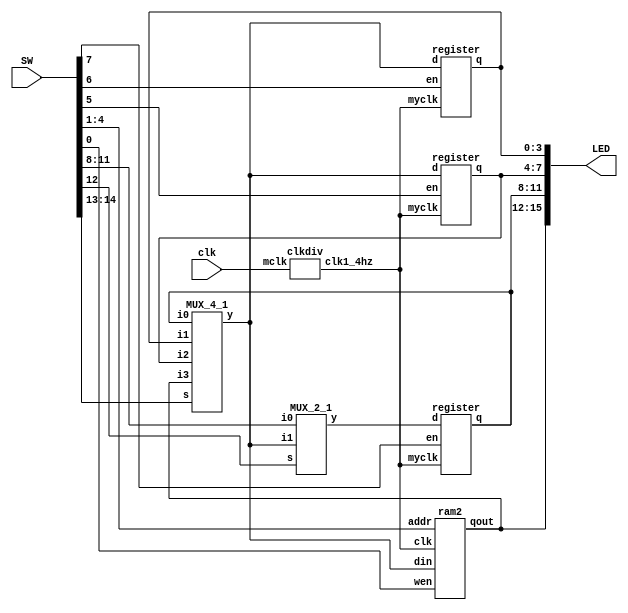
`timescale 1ns / 1ps
//////////////////////////////////////////////////////////////////////////////////
// Company: 
// Engineer: 
// 
// Design Name: 
// Module Name: bus
// Project Name: 
// Target Devices: 
// Tool Versions: 
// Description: 
// 
// Dependencies: 
// 
// Revision:
// Revision 0.01 - File Created
// Additional Comments:
// 
//////////////////////////////////////////////////////////////////////////////////


module bus(
    input clk,
    input [14:0] SW,
    output [15:0] LED
    );
    
    wire myclk;
    wire [3:0] d1;
    //wire [3:0] d2;
    //wire [3:0] d3;
    wire [3:0] y;
    wire [15:0] light;
    clkdiv U0(clk,myclk);
    
    register U1(myclk,SW[7],d1[3:0],light[11:8]);
    assign LED[11:8]=light[11:8];
    register U2(myclk,SW[6],y[3:0],light[3:0]);
    assign LED[3:0]=light[3:0];
    register U3(myclk,SW[5],y[3:0],light[7:4]);
    assign LED[7:4]=light[7:4];
    ram2 U4(myclk,SW[0],SW[4:1],y[3:0],light[15:12]);
    assign LED[15:12]=light[15:12];
    
    MUX_2_1 U5(SW[12],SW[11:8],y[3:0],d1[3:0]);
    MUX_4_1 U6(SW[14:13],light[11:8],light[3:0],light[7:4],light[15:12],y[3:0]);
    
    //assign LED[15:0]=light[15:0];
    
endmodule

module register(
    input myclk,
    input en,
    input [3:0] d,
    output reg [3:0] q
    );
    
    always@(posedge myclk,posedge en)
    begin
        if(en)
            q<=d;
    end
    
//    wire [3:0] mid;
    
//    assign mid[0]=d[0]&en+q[0]&(~en);
//    assign mid[1]=d[1]&en+q[1]&(~en);
//    assign mid[2]=d[2]&en+q[2]&(~en);
//    assign mid[3]=d[3]&en+q[3]&(~en);
    
//    D_flip_flop d0(myclk,mid[0],q[0]);
//    D_flip_flop d1(myclk,mid[1],q[1]);
//    D_flip_flop d2(myclk,mid[2],q[2]);
//    D_flip_flop d3(myclk,mid[3],q[3]);

endmodule

//module D_flip_flop(
//    input myclk,
//    input d,
//    output reg q
//    );
    
//    always@(posedge myclk)
//        q<=d;
    
//endmodule

module ram2(
    input clk,
    input wen,
    input [3:0] addr,
    input [3:0] din,
    output [3:0] qout
    );
    reg[3:0]ram[0:15];
    always@(posedge clk)
      if(wen)
        ram[addr]<=din;
      assign qout=ram[addr];  
endmodule

module clkdiv(
    input mclk,
    output clk1_4hz
    );
    
    reg [27:0]q;
    always@(posedge mclk)
         q<=q+1;

    assign clk1_4hz=q[24];
         
endmodule

module MUX_4_1(
    input [1:0] s,
    input [3:0] i0,
    input [3:0] i1,
    input [3:0] i2,
    input [3:0] i3,
    output reg [3:0] y
    );
    
    always@(*)
    begin 
        case(s)
        2'b00:y<=i0;
        2'b01:y<=i1;
        2'b10:y<=i2;
        2'b11:y<=i3;
        endcase
    end
    
//    wire [3:0] mid;
//    //decoder_2_4 d1(s[1:0],mid[3:0]);
//    assign mid[0]=~s[0]&~s[1];
//    assign mid[1]=s[0]&~s[1];
//    assign mid[2]=~s[0]&s[1];
//    assign mid[3]=s[0]&s[1];
    
    
//    always@(*)
//    begin
//        if(mid[0])
//            y<=i0;
//        else
//        begin
//            if(mid[1])
//                y<=i1;
//            else
//            begin
//                if(mid[2])
//                    y<=i2;
//                else
//                    y<=i3;
//            end
//        end
//    end

endmodule

//module decoder_2_4(
//    input [1:0] a,
//    output [3:0] d
//    );
    
//    wire [3:0] in;
//    decoder_1_2 d1(a[0],in[1:0]);
//    decoder_1_2 d2(a[1],in[3:2]);
    
//    assign d[0]=in[0]&in[2];
//    assign d[1]=in[1]&in[2];
//    assign d[2]=in[0]&in[3];
//    assign d[3]=in[1]&in[3];
    
//endmodule

//module decoder_1_2(
//    input a,
//    output [1:0] d
//    );
    
//    assign d[0]=~a;
//    assign d[1]=a;
    
//endmodule

module MUX_2_1(
    input s,
    input [3:0] i0,
    input [3:0] i1,
    output reg [3:0] y
    );
    
    always@(*)
    begin
        case(s)
        1'b0:y<=i0;
        1'b1:y<=i1;
        endcase
    end
    
    
//    always@(s,i0[3:0],i1[3:0])
//    begin
//        if(s)
//            y<=i0;
//        else
//            y<=i1;
//    end
    
endmodule